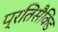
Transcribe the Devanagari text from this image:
प्रतिसैकिंड